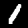
Label: 1